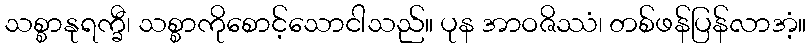
သစ္စာနုရက္ခီ၊ သစ္စာကိုစောင့်သောငါသည်။ ပုန အာဝဇိဿံ၊ တစ်ဖန်ပြန်လာအံ့။